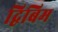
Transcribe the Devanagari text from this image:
द्विबिम